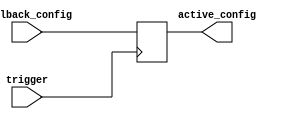
module Fallback_Bypass_Register (
    input wire trigger,
    input wire [7:0] fallback_config,
    output reg [7:0] active_config
);

always @ (posedge trigger)
begin
    active_config <= fallback_config;
end

endmodule